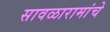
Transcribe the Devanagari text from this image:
सावळारामांचे